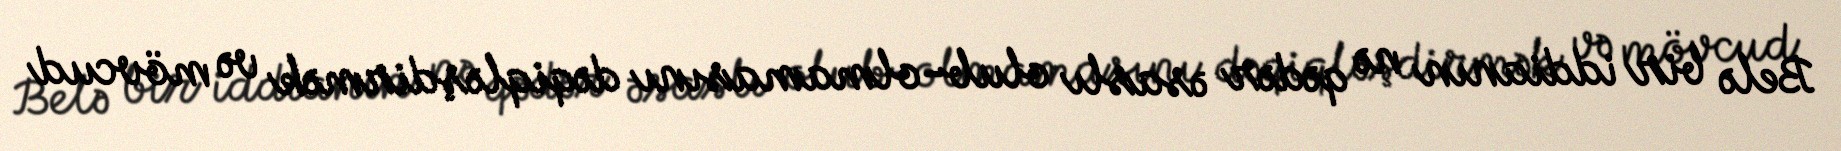
Belə bir iddianın nə qədər əsaslı olub-olmamasını dəqiqləşdirmək və mövcud